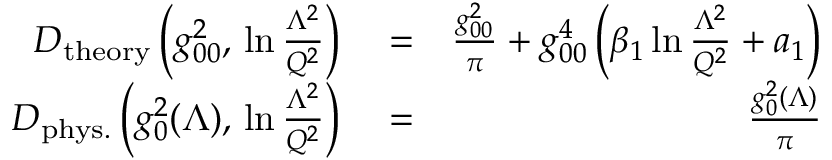
\begin{array} { r l r } { D _ { \mathrm { t h e o r y } } \left( g _ { 0 0 } ^ { 2 } , \, \ln { \frac { \Lambda ^ { 2 } } { Q ^ { 2 } } } \right) } & { { } = } & { { \frac { g _ { 0 0 } ^ { 2 } } { \pi } } + g _ { 0 0 } ^ { 4 } \left( \beta _ { 1 } \ln { \frac { \Lambda ^ { 2 } } { Q ^ { 2 } } } + a _ { 1 } \right) } \\ { D _ { \mathrm { p h y s . } } \left( g _ { 0 } ^ { 2 } ( \Lambda ) , \, \ln { \frac { \Lambda ^ { 2 } } { Q ^ { 2 } } } \right) } & { { } = } & { { \frac { g _ { 0 } ^ { 2 } ( \Lambda ) } { \pi } } } \end{array}